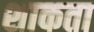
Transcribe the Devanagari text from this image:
शाकता